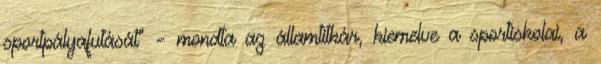
sportpályafutását” – mondta az államtitkár, kiemelve a sportiskolai, a